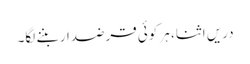
دریں اثنا، ہر کوئی قرضدار بننے لگا۔